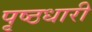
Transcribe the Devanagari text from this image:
पृष्ठधारी